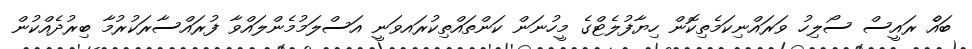
ބައެް ރައީސް ސޯލިހު ވަރައްނިކަމެތިކޮން ހިޔާފުލެޓްގެ މީހުނަން ކަންތައްތިކުރައވަނީ އަސްލަމުމެންލައްވާ ފުރައްސާރަކުރުމާ ބިރުދެއްކުން